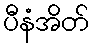
ပီနံအိတ်